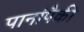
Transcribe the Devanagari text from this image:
पानांपैकी